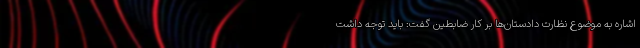
اشاره به موضوع نظارت دادستان‌ها بر کار ضابطین گفت: باید توجه داشت